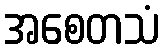
အစေတသံ